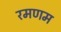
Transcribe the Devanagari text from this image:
रमणम